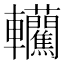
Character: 𰹮